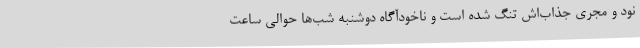
نود و مجری‌ جذاب‌اش تنگ شده است و ناخودآگاه دوشنبه شب‌ها حوالی ساعت